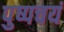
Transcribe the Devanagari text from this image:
पुष्पचयं